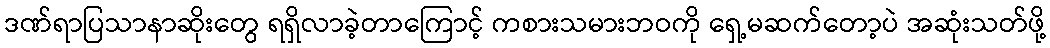
ဒဏ်ရာပြသာနာဆိုးတွေ ရရှိလာခဲ့တာကြောင့် ကစားသမားဘဝကို ရှေ့မဆက်တော့ပဲ အဆုံးသတ်ဖို့